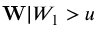
\mathbf { W } | W _ { 1 } > u